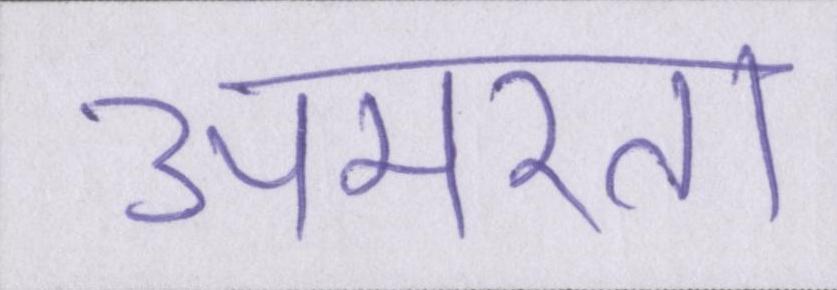
अमरता